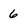
Character: 6